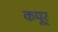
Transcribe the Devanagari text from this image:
कपूर्